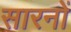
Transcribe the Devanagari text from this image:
सारनों